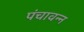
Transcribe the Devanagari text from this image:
पंचावन्‍न